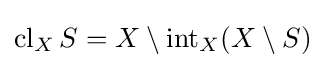
\operatorname {cl} _{X}S=X\setminus \operatorname {int} _{X}(X\setminus S)